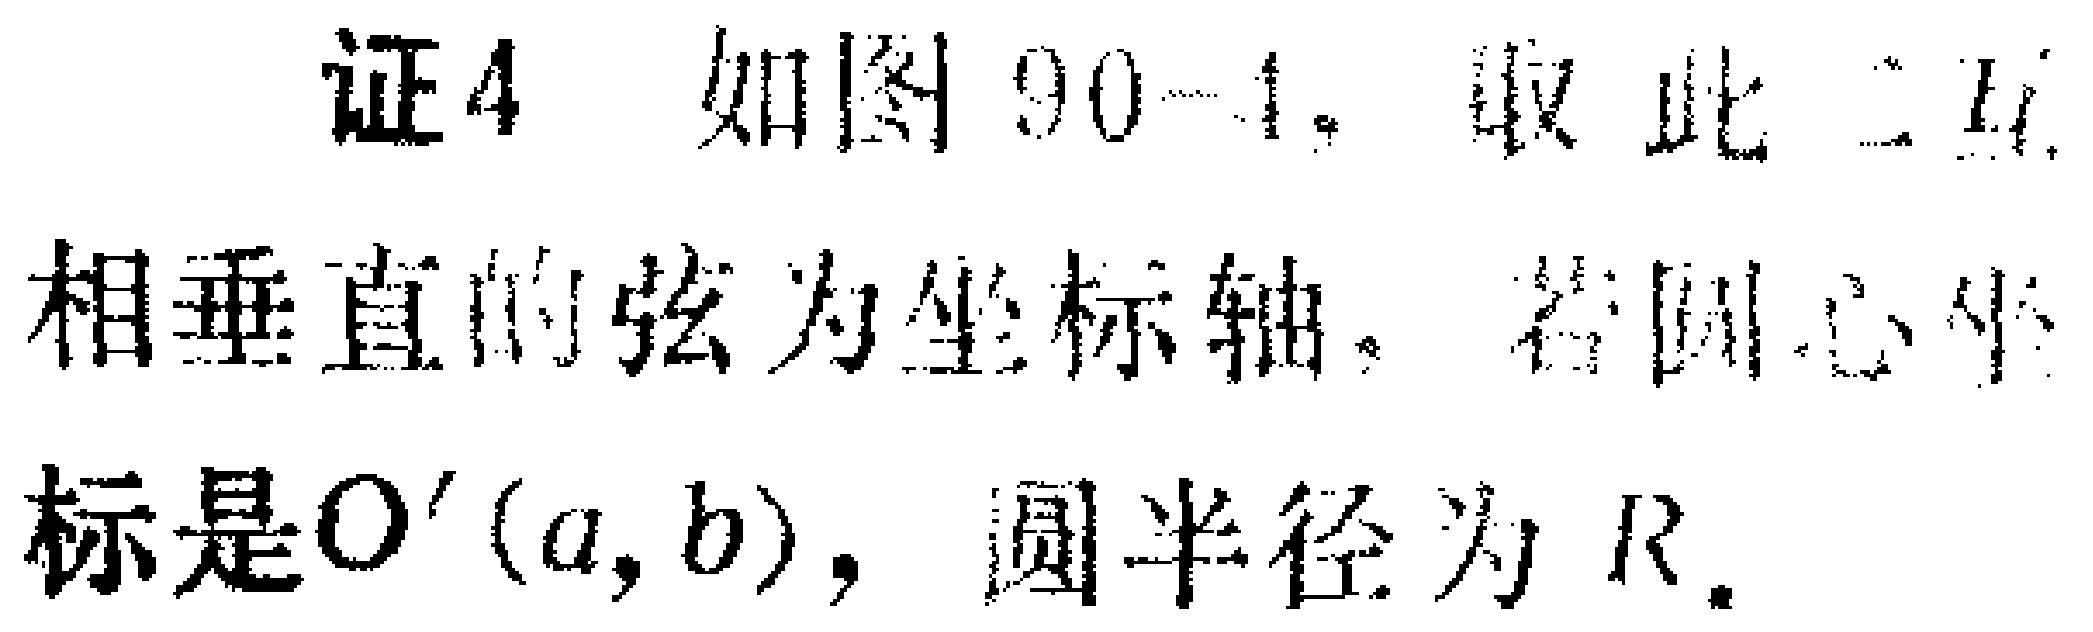
证4 如图90-1，取此二互相垂直的弦为坐标轴。若圆心坐标是\(O'(a,b)\)，圆半径为\(R\)。